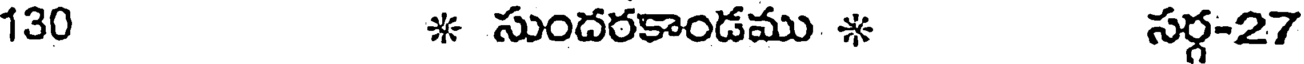
130 * సుందరకాండము * సర్గ-27